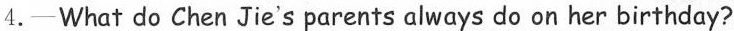
4.—What do Chen Jie's parents always doon her birthday?